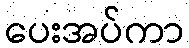
ပေးအပ်ကာ